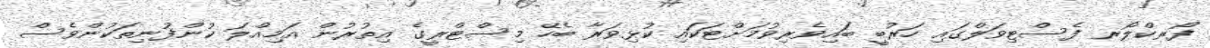
ފޯރކްލޯރ ފެސްޓިވަލްގައި ހަރުބީ ބައިވެރިވުމަށްޓަކައި ކުޅިވަރާ ބެހޭ މިސްޓްރީގެ އިތުރުން އަމިއްލަ ކުންފުނިތަކުންވެސް